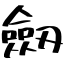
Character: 劔